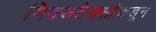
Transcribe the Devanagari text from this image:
मिक्सटेक्सांकडून